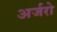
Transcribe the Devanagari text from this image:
अर्जरो